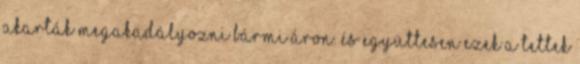
akarták megakadályozni bármi áron. És együttesen ezek a tettek